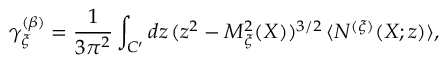
\gamma _ { \xi } ^ { ( \beta ) } = \frac { 1 } { 3 \pi ^ { 2 } } \int _ { C ^ { \prime } } d z \, ( z ^ { 2 } - { \cal M } _ { \xi } ^ { 2 } ( X ) ) ^ { 3 / 2 } \, \langle N ^ { ( \xi ) } ( X ; z ) \rangle ,